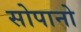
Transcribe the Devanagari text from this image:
सोपानो